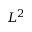
L ^ { 2 }